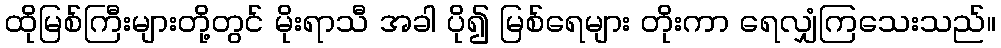
ထိုမြစ်ကြီးများတို့တွင် မိုးရာသီ အခါ ပို၍ မြစ်ရေများ တိုးကာ ရေလျှံကြသေးသည်။